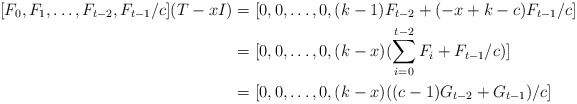
\begin{align*}[F_0,F_1,\ldots,F_{t-2},F_{t-1}/c](T-xI) &=[0,0,\ldots,0, (k-1)F_{t-2}+(-x+k-c) F_{t-1}/c]\\ &=[0,0,\ldots,0,(k-x)(\sum_{i=0}^{t-2}F_i+F_{t-1}/c)]\\&=[0,0,\ldots,0,(k-x)((c-1)G_{t-2}+G_{t-1})/c]\end{align*}